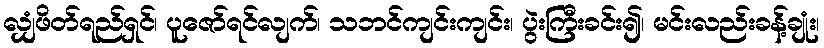
လျှံဖိတ်ရည်ရှင်၊ ပူဇော်ရင်လျက်၊ သဘင်ကျင်းကျင်း၊ ပွဲးကြီးခင်း၍၊ မင်းလည်းခန့်ချုံး၊